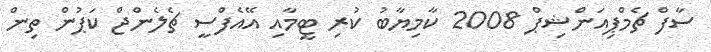
ސާފް ޗެމްޕިއަންޝިޕް 2008 ކާމިޔާބު ކުރި ޓީމާއި އޭއެފްސީ ޗެލެންޖް ކަޕުން ތިން